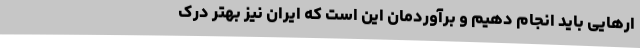
ارهایی باید انجام دهیم و برآوردمان این است که ایران نیز بهتر درک